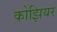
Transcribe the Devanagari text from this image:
कोझियर